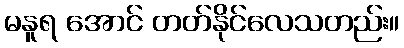
မနူရ အောင် တတ်နိုင်လေသတည်း။